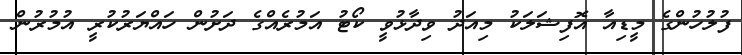
ފުލުހުންގެ މީޑިއާ އޮފިޝަލަކު މިއަދު ވިދާޅުވީ ކޯޓު އަމުރެއްގެ ދަށުން ހައްޔަރުކުރީ އުމުރުން